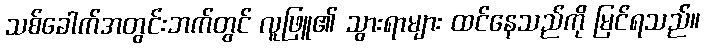
သစ်ခေါက်အတွင်းဘက်တွင် လူဖြူ၏ သွားရာများ ထင်နေသည်ကို မြင်ရသည်။